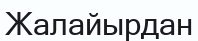
Жалайырдан